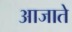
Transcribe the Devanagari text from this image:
आजाते